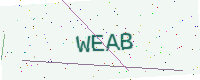
Text: WEAB